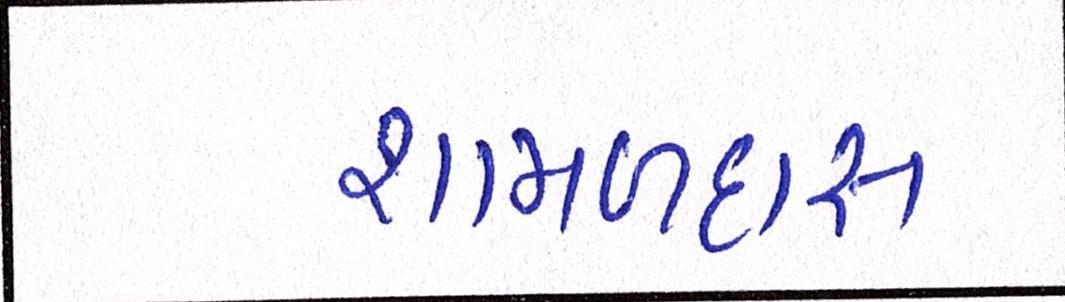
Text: શામળદાસ